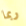
ربما